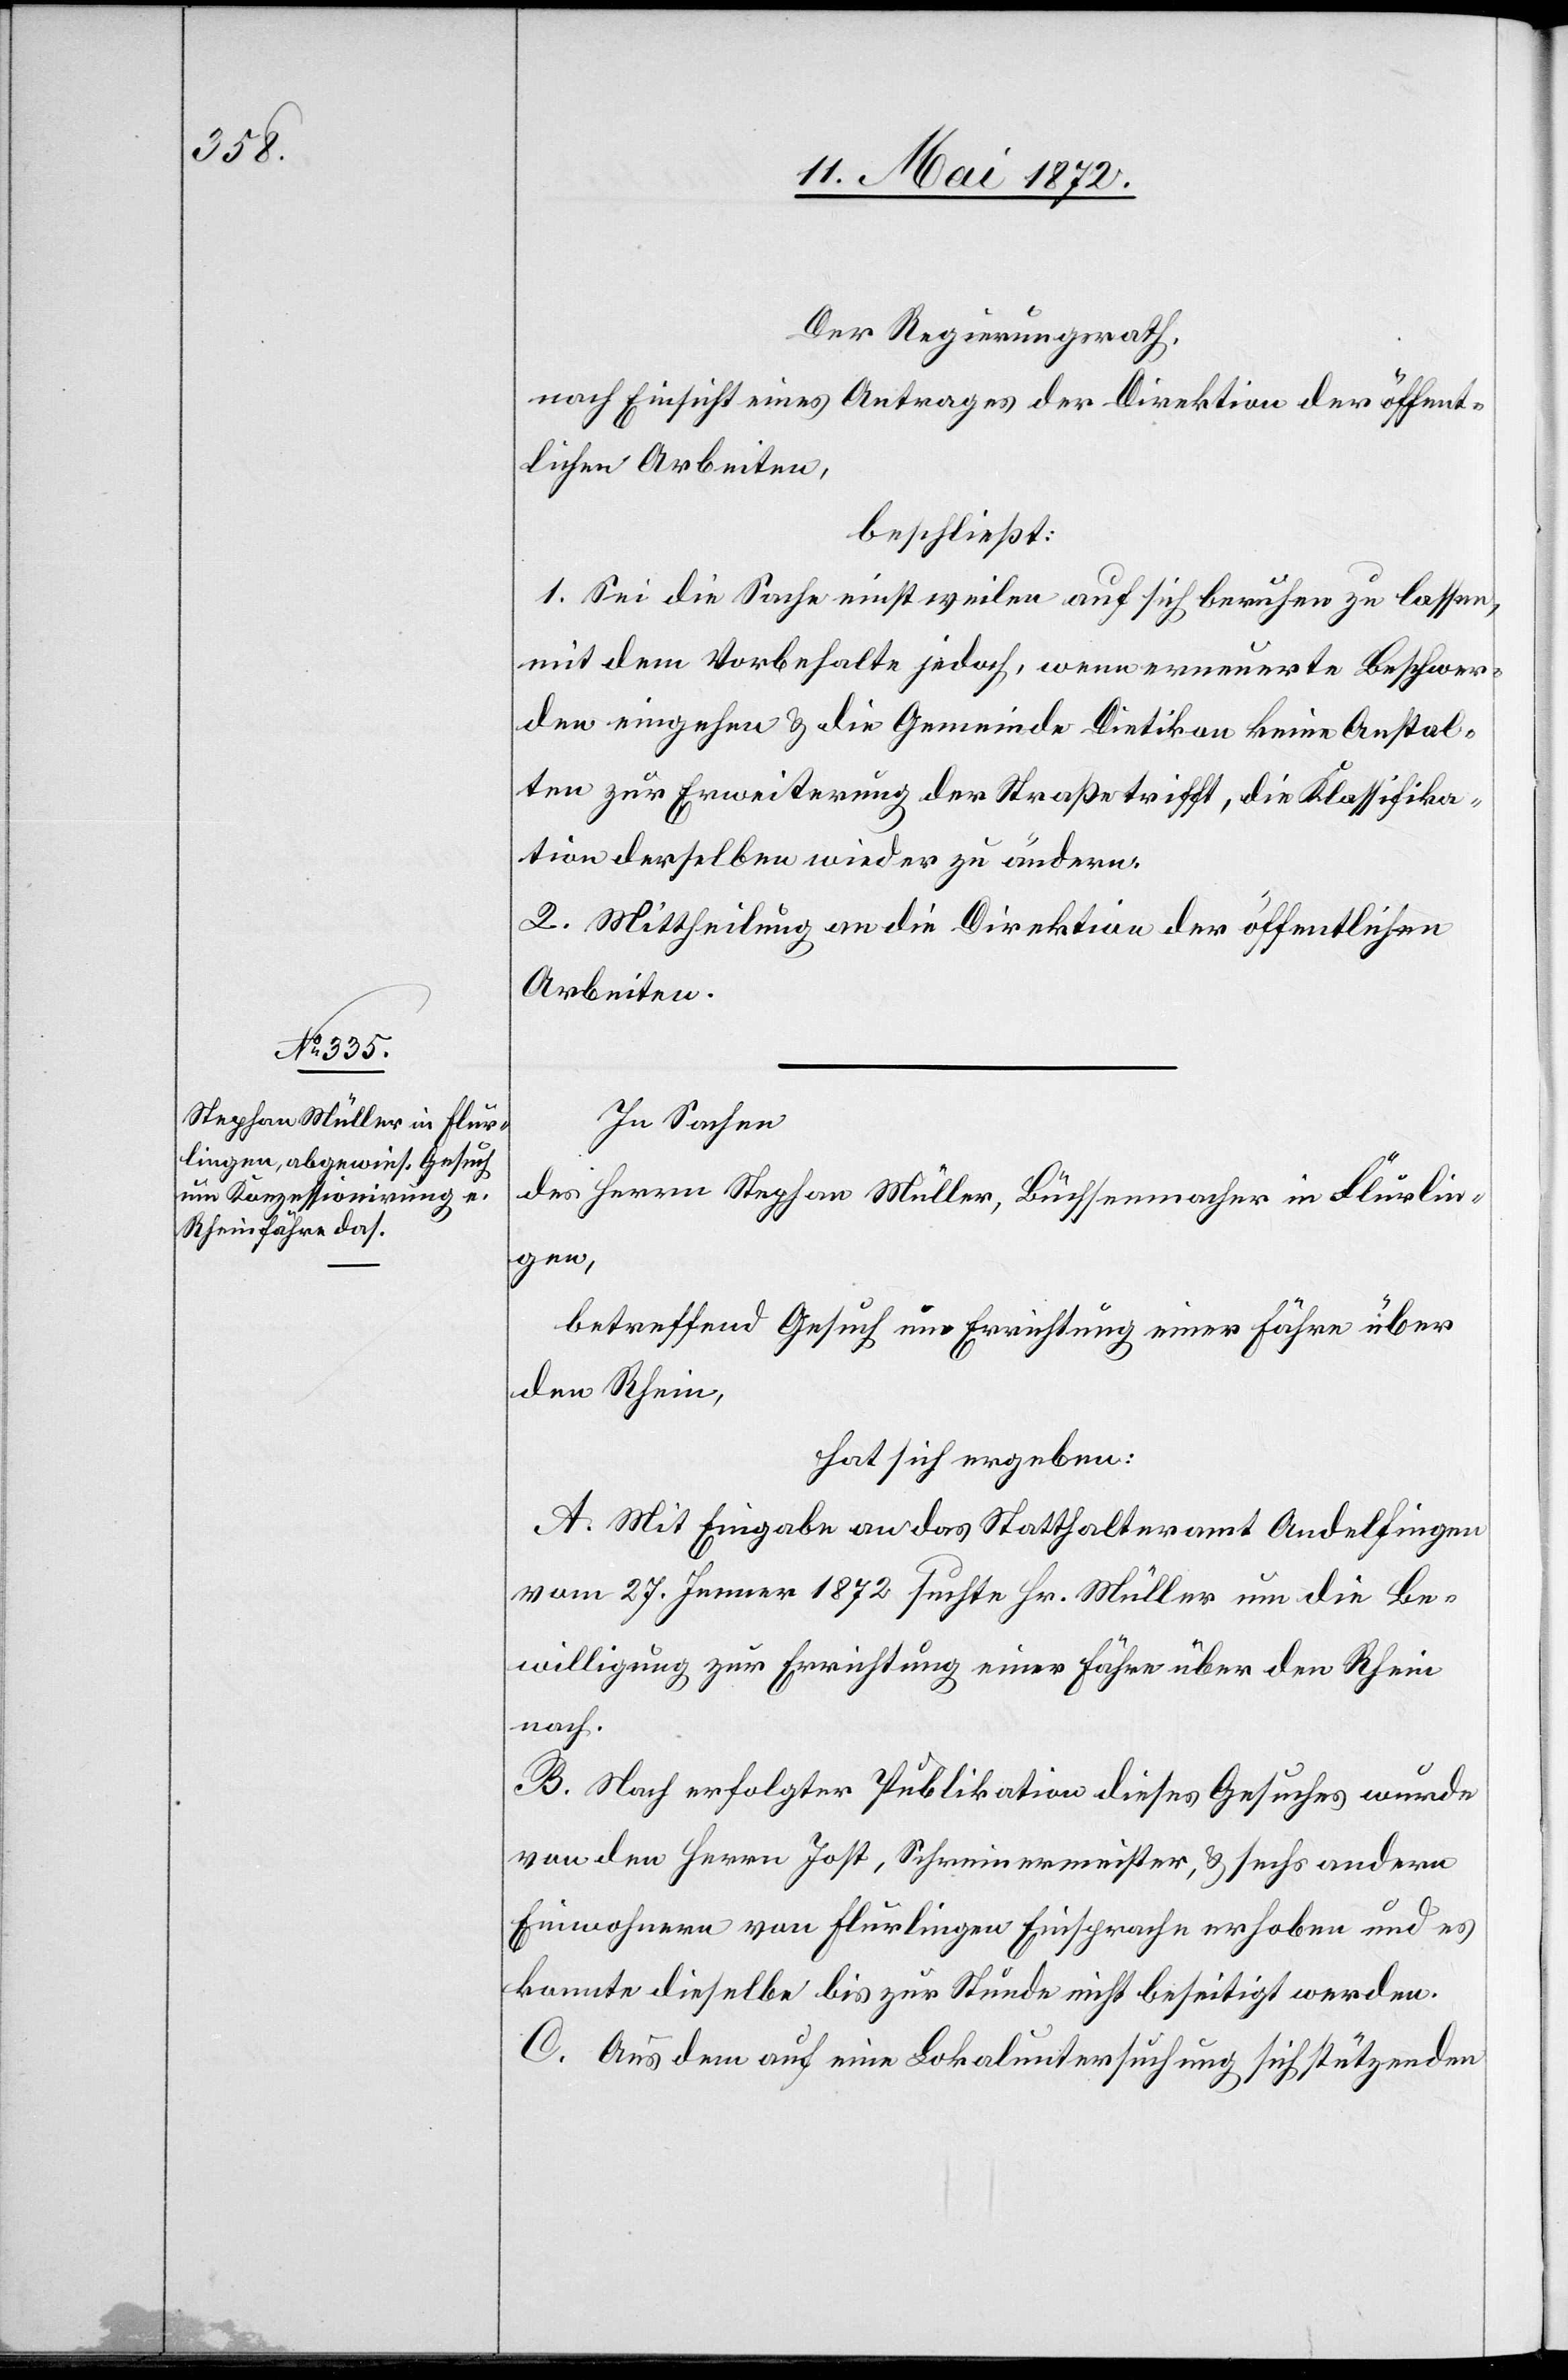
Der Regierungsrath,
nach Einsicht eines Antrages der Direktion der öffent¬
lichen Arbeiten,
beschließt:
1. Sei die Sache einstweilen auf sich beruhen zu lassen,
mit dem Vorbehalte jedoch, wenn erneuerte Beschwer¬
den eingehen u. die Gemeinde Dietikon keine Anstal¬
ten zur Erweiterung der Straße trifft, die Klassifika¬
tion derselben wieder zu ändern.
2. Mittheilung an die Direktion der öffentlichen
Arbeiten.
In Sachen
des Herrn Stephan Müller, Büchsenmacher in Flurlin¬
gen,
betreffend Gesuch um Errichtung einer Fähre über
den Rhein,
hat sich ergeben:
A. Mit Eingabe an das Statthalteramt Andelfingen
vom 27. Jenner 1872 suchte Hr. Müller um die Be¬
willigung zur Errichtung einer Fähre über den Rhein
nach.
B. Nach erfolgter Publikation dieses Gesuches wurde
von den Herren Jost, Schreinermeister, u. sechs anderen
Einwohnern von Flurlingen Einsprache erhoben und es
konnte dieselbe bis zur Stunde nicht beseitigt werden.
C. Aus dem auf eine Lokaluntersuchung sich stützenden